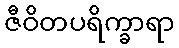
ဇီဝိတပရိက္ခာရာ